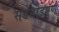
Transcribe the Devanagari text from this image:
सडेतोडपणे